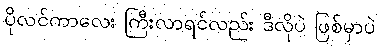
ပိုလင်ကာလေး ကြီးလာရင်လည်း ဒီလိုပဲ ဖြစ်မှာပဲ